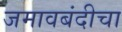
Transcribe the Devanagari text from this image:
जमावबंदीचा